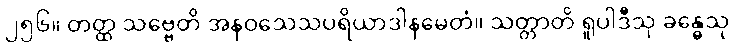
၂၅၆။ တတ္ထ သဗ္ဗေတိ အနဝသေသပရိယာဒါနမေတံ။ သတ္တာတိ ရူပါဒီသု ခန္ဓေသု